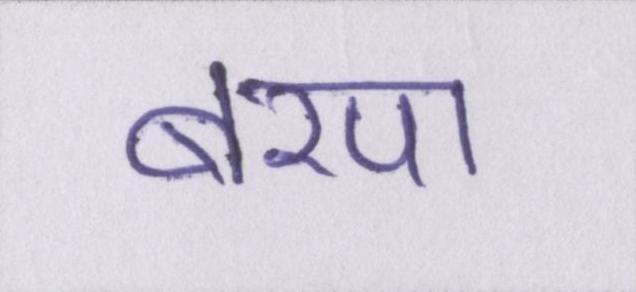
बरपा